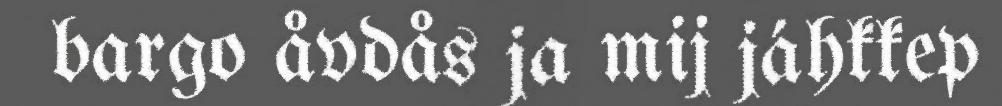
bargo åvdås ja mij jáhkkep